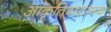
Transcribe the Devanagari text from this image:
आकृतिबंधात्मक